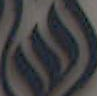
ய